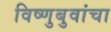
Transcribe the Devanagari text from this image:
विष्णुबुवांचा